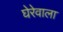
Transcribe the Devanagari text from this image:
घेरेवाला